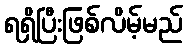
ရရှိပြီးဖြစ်လိမ့်မည်